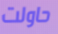
حاولت